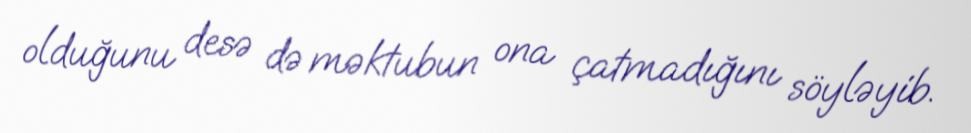
olduğunu desə də məktubun ona çatmadığını söyləyib.